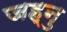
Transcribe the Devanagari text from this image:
जह्नु